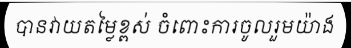
បានវាយតម្លៃខ្ពស់ ចំពោះការចូលរួមយ៉ាង